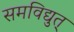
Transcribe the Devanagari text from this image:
समविद्युत्‌